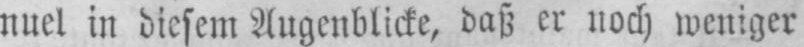
nuel in diesem Augenblicke, daß er noch weniger